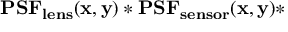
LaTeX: \mathbf { P S F _ { l e n s } ( x , y ) * P S F _ { s e n s o r } ( x , y ) * }